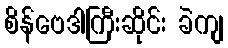
စိန်ဗေဒါကြီးဆိုင်း ခဲကျ